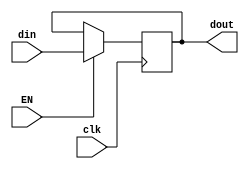
`timescale 1ns / 1ps
//////////////////////////////////////////////////////////////////////////////////
// Company: 
// Engineer: 
// 
// Design Name: 
// Module Name:    Register 
// Project Name: 
// Target Devices: 
// Tool versions: 
// Description: 
//
// Dependencies: 
//
// Revision: 
// Revision 0.01 - File Created
// Additional Comments: 
//
//////////////////////////////////////////////////////////////////////////////////
module Register
	#(
	parameter DATA_SIZE=32
	)
	(
	input clk,
	input EN,
	input [DATA_SIZE-1:0]din,
	output [DATA_SIZE-1:0]dout
    );
	reg [DATA_SIZE-1:0]data;
	assign dout=data;
	always@(posedge clk)
		if(EN)
			data=din;
			
	initial
		data=0;
endmodule